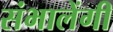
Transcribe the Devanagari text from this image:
संभालेंगी